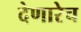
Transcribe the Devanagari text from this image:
देणारेच